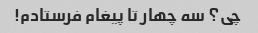
چی؟ سه چهار تا پیغام فرستادم!